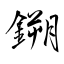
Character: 鎙